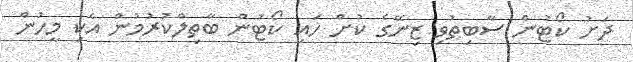
ދަށު ކޯޓުން ސާބިތުވި ޒިނޭގެ ކުށް ހައި ކޯޓުން ބާތިލްކުރުމުން އެކި މީހުން